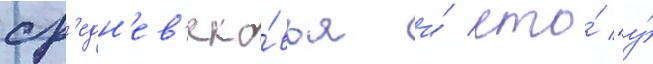
ср'едн'ев'еко́вья и́ что́ "у́